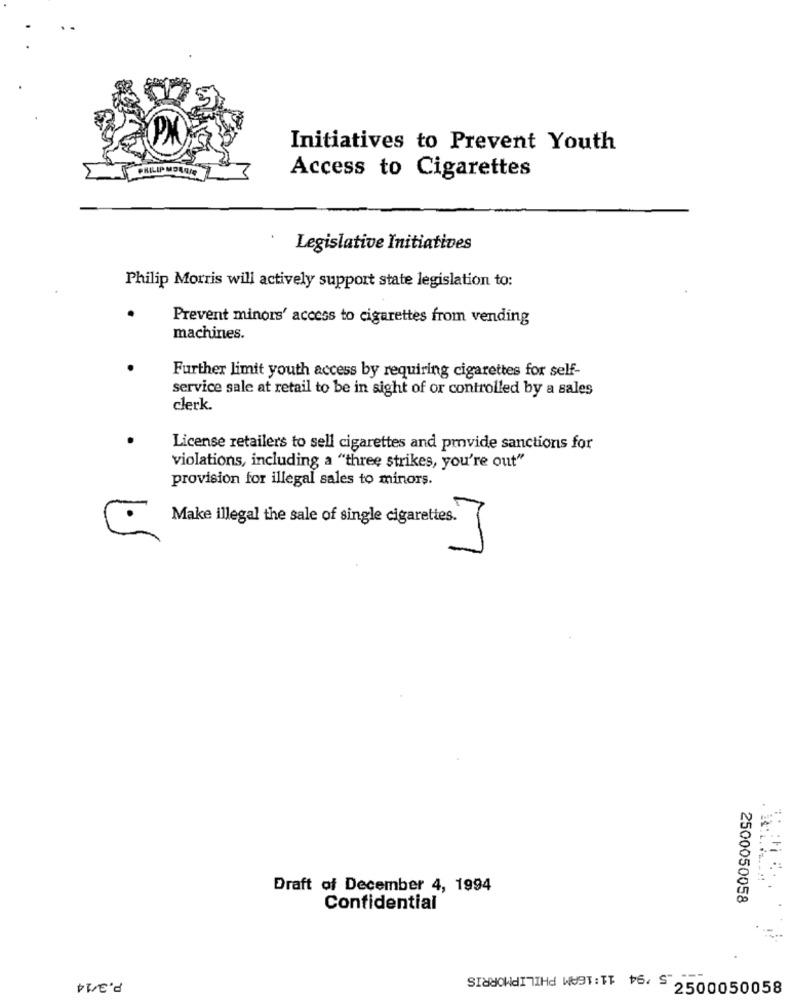
Initiatives to Prevent Youth
Access to Cigarettes
Legislative Initiatives
Philip Morris will actively support state legislation to:
Prevent minors' access to cigarettes from vending
machines.
Further limit youth access by requiring cigarettes for self-
service sale at retail to be in sight of or controlled by a sales
clerk.
License retailers to sell cigarettes and provide sanctions for
violations, including a "three strikes, you're out"
provision for illegal sales to minors.
Make illegal the sale of single cigarettes.
Draft of December 4, 1994
2500050058
Confidential
P.3/14
SIXSOWEITTHE WEST: TT P6 2500050058